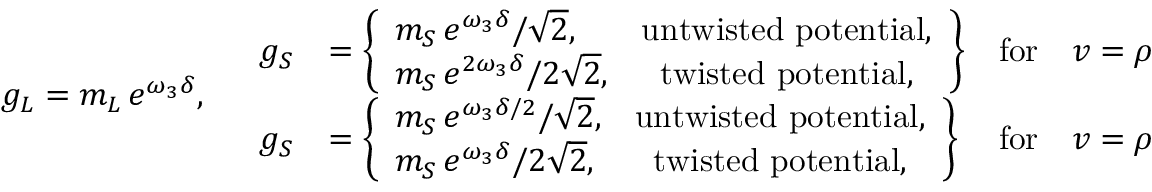
g _ { L } = m _ { L } \, e ^ { \omega _ { 3 } \delta } , \quad \begin{array} { l l l l } { { g _ { S } } } & { { = \left\{ \begin{array} { l c } { { m _ { S } \, e ^ { \omega _ { 3 } \delta } / \sqrt 2 , } } & { { \mathrm { u n t w i s t e d ~ p o t e n t i a l } , } } \\ { { m _ { S } \, e ^ { 2 \omega _ { 3 } \delta } / 2 \sqrt 2 , } } & { { \mathrm { t w i s t e d ~ p o t e n t i a l } , } } \end{array} \right\} } } & { { \mathrm { f o r } } } & { { v = \rho ^ { \vee } , } } \\ { { g _ { S } } } & { { = \left\{ \begin{array} { l c } { { m _ { S } \, e ^ { \omega _ { 3 } \delta / 2 } / \sqrt 2 , } } & { { \mathrm { u n t w i s t e d ~ p o t e n t i a l } , } } \\ { { m _ { S } \, e ^ { \omega _ { 3 } \delta } / 2 \sqrt 2 , } } & { { \mathrm { t w i s t e d ~ p o t e n t i a l } , } } \end{array} \right\} } } & { { \mathrm { f o r } } } & { { v = \rho . } } \end{array}